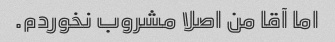
اما آقا من اصلا مشروب نخوردم.